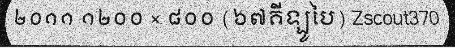
២០១១ ១២០០ × ៨០០ (៦៧គីឡូបៃ) Zscout370